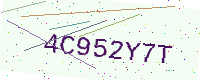
Text: 4C952Y7T